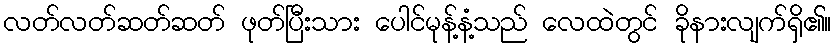
လတ်လတ်ဆတ်ဆတ် ဖုတ်ပြီးသား ပေါင်မုန့်နံ့သည် လေထဲတွင် ခိုနားလျက်ရှိ၏။